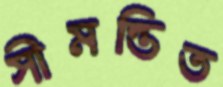
সীমন্তিত